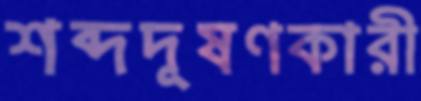
শব্দদূষণকারী